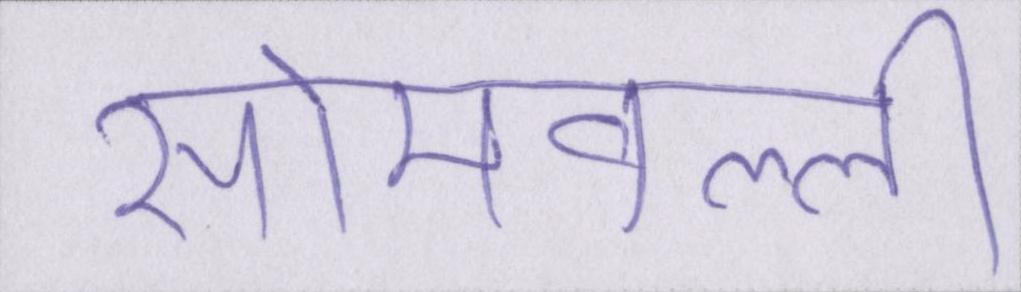
सोमवल्ली